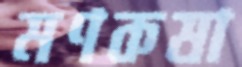
মণকষা